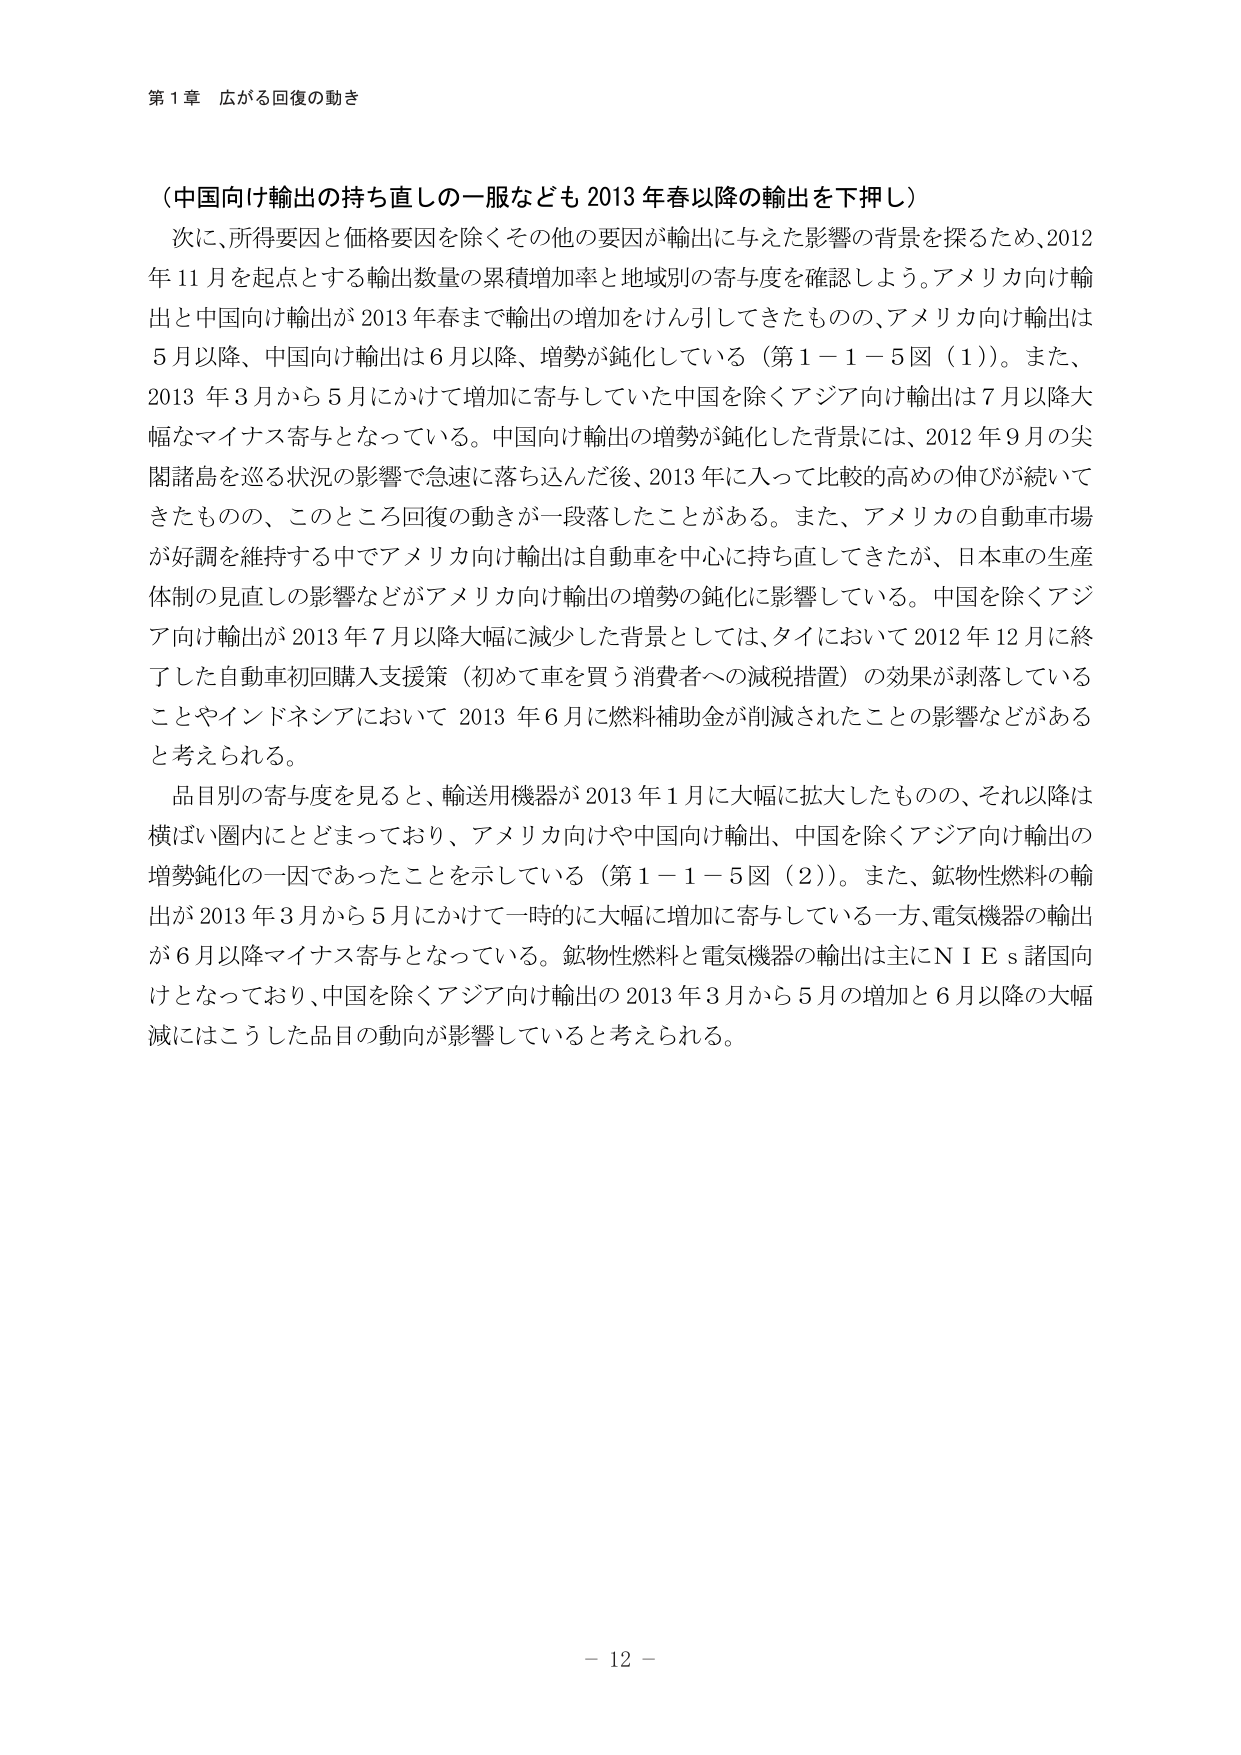
第１章 広がる回復の動き

（中国向け輸出の持ち直しの一服なども 2013 年春以降の輸出を下押し）

次に、所得要因と価格要因を除くその他の要因が輸出に与えた影響の背景を探るため、2012 年 11 月を起点とする輸出数量の累積増加率と地域別の寄与度を確認しよう。アメリカ向け輸出と中国向け輸出が 2013 年春まで輸出の増加をけん引してきたものの、アメリカ向け輸出は 5 月以降、中国向け輸出は 6 月以降、増勢が鈍化している（第１－１－５図（１））。また、2013 年 3 月から 5 月にかけて増加に寄与していた中国を除くアジア向け輸出は 7 月以降大幅なマイナス寄与となっている。中国向け輸出の増勢が鈍化した背景には、2012 年 9 月の尖閣諸島を巡る状況の影響で急速に落ち込んだ後、2013 年に入って比較的高めの伸びが続いてきたものの、このところ回復の動きが一段落したことがある。また、アメリカの自動車市場が好調を維持する中でアメリカ向け輸出は自動車を中心に持ち直してきたが、日本車の生産体制の見直しの影響などがアメリカ向け輸出の増勢の鈍化に影響している。中国を除くアジア向け輸出が 2013 年 7 月以降大幅に減少した背景としては、タイにおいて 2012 年 12 月に終了した自動車初回購入支援策（初めて車を買う消費者への減税措置）の効果が剥落していることやインドネシアにおいて 2013 年 6 月に燃料補助金が削減されたことの影響などがあると考えられる。

品目別の寄与度を見ると、輸送用機器が 2013 年 1 月に大幅に拡大したものの、それ以降は横ばい圏内にとどまっており、アメリカ向けや中国向け輸出、中国を除くアジア向け輸出の増勢鈍化の一因であったことを示している（第１－１－５図（２））。また、鉱物性燃料の輸出が 2013 年 3 月から 5 月にかけて一時的に大幅に増加に寄与している一方、電気機器の輸出が 6 月以降マイナス寄与となっている。鉱物性燃料と電気機器の輸出は主にＮＩＥｓ諸国向けとなっており、中国を除くアジア向け輸出の 2013 年 3 月から 5 月の増加と 6 月以降の大幅減にはこうした品目の動向が影響していると考えられる。

－ 12 －